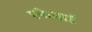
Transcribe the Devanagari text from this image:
एफेआई